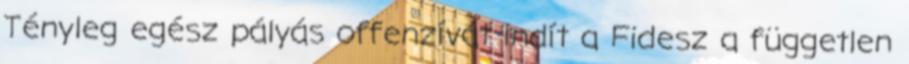
Tényleg egész pályás offenzívát indít a Fidesz a független